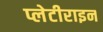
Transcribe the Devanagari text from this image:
प्लेटीराइन